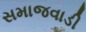
સમાજવાડી